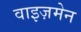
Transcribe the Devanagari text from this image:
वाइज़मेन